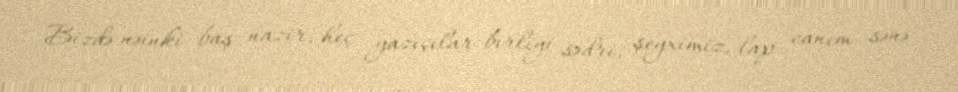
Bizdə nəinki baş nazir, heç yazıçılar birliyi sədri, şeyximiz, lap canım sənə